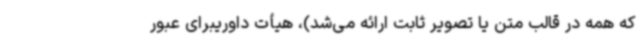
که همه در قالب متن یا تصویر ثابت ارائه می‌شد)، هیأت داوریبرای عبور